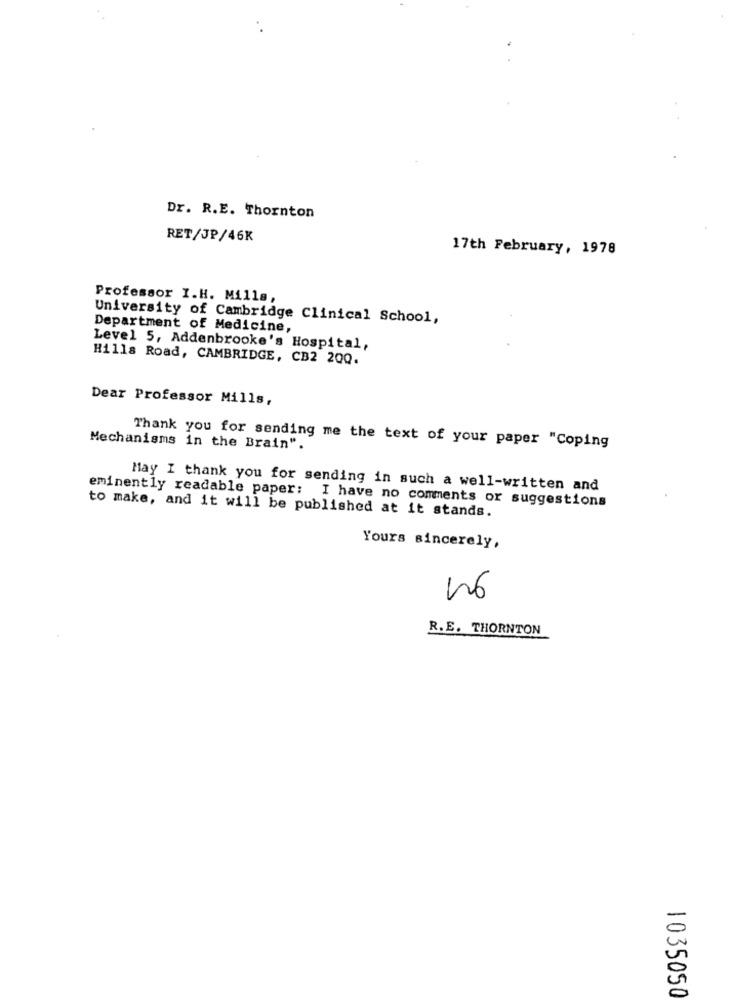
Dr. R.E. Thornton
RET/JP/46K
17th February, 1978
Professor I.H. Mills,
University of Cambridge Clinical School,
Department of Medicine,
Level 5, Addenbrooke's Hospital,
Hills Road, CAMBRIDGE, CB2 2QQ.
Dear Professor Mills,
Mechanisms in the Brain".
Thank you for sending me the text of your paper "Coping
May I thank you for sending in such a well-written and
eminently readable paper: I have no comments or suggestions
to make, and it will be published at it stands.
Yours sincerely,
R.E. THORNTON
1035050